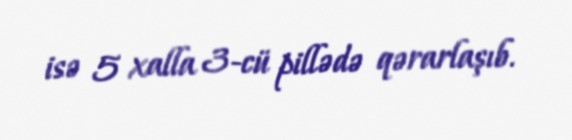
isə 5 xalla 3-cü pillədə qərarlaşıb.